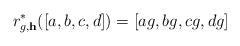
LaTeX: \begin{align*}r_{g,\mathbf{h}}^*([a,b,c,d])=[ag,bg,cg,dg]\end{align*}